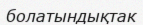
болатындықтак